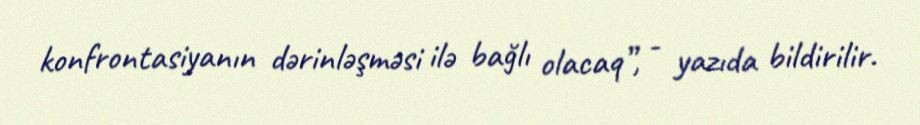
konfrontasiyanın dərinləşməsi ilə bağlı olacaq”, - yazıda bildirilir.